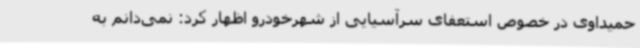
حمیداوی در خصوص استعفای سرآسیایی از شهرخودرو اظهار کرد: نمی‌دانم به